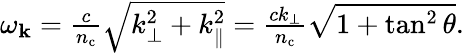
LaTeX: \begin{array}{r}{\omega_{\mathbf{k}}=\frac{c}{n_{\mathrm{c}}}\sqrt{k_{\perp}^{2}+k_{\parallel}^{2}}=\frac{ck_{\perp}}{n_{\mathrm{c}}}\sqrt{1+\tan^{2}\theta}.}\end{array}